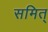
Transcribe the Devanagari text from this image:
समित्